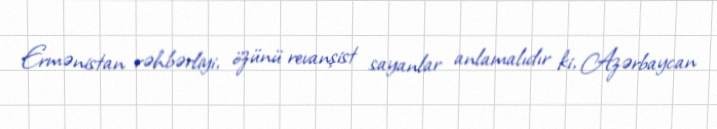
Ermənistan rəhbərliyi, özünü revanşist sayanlar anlamalıdır ki, Azərbaycan